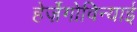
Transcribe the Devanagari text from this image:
हेर्ज़ेगोविन्याई